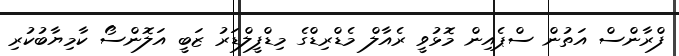
ފްރާންސް އަތުން ސްޕެއިން މޮޅުވީ ރެއާލް މެޑްރިޑްގެ މިޑްފީލްޑަރު ޒަބީ އަލޮންސޯ ކާމިޔާބުކުރި